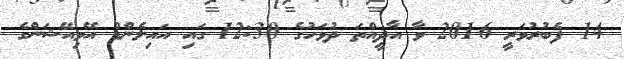
14 ފެބުރުވަރީ 2016 ވާ އާދީއްތަ ދުވަހުގެ 12:30 ގައި އައިލެންޑް އޭވިއޭޝަންގެ